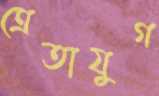
ত্রেতাযুগ